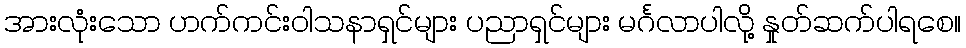
အားလုံးသော ဟက်ကင်းဝါသနာရှင်များ ပညာရှင်များ မင်္ဂလာပါလို့ နှုတ်ဆက်ပါရစေ။